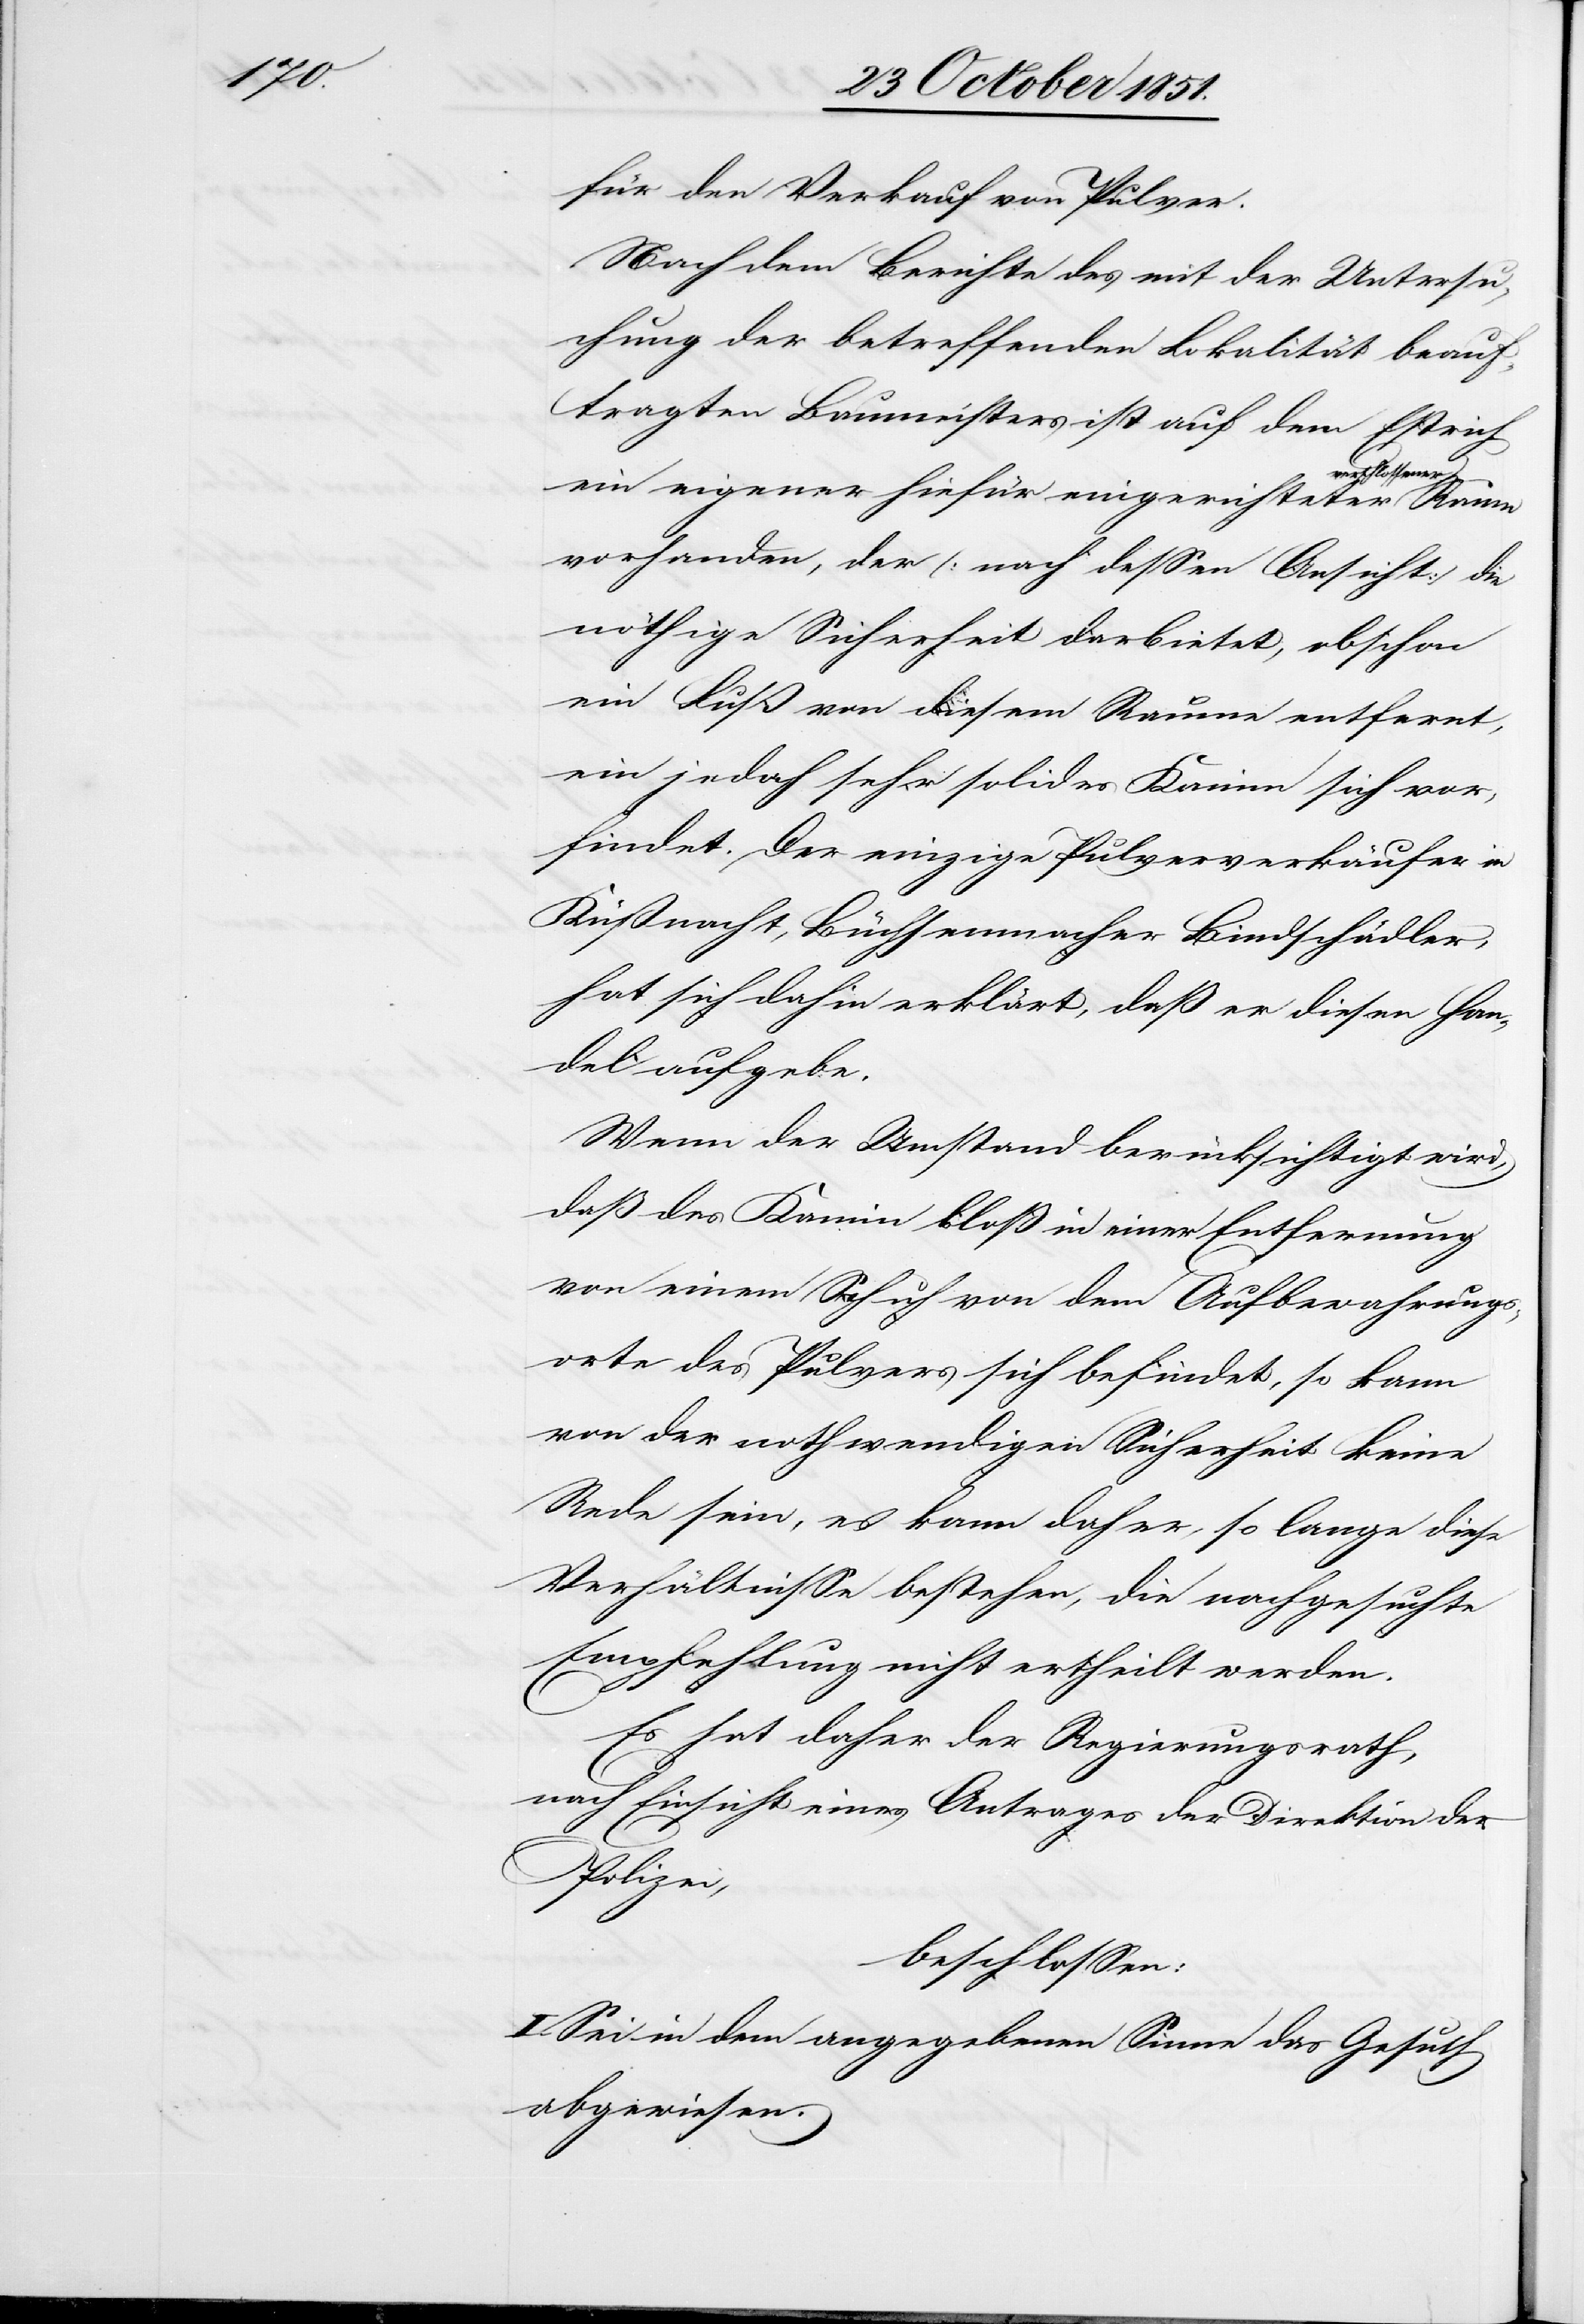
für den Verkauf von Pulver.
Nach dem Berichte des mit der Untersu¬
chung der betreffenden Lokalität beauf¬
tragten Baumeisters ist auf dem Estrich
rschlossener
ein eigener hiefür eingerichteter ve¬
vorhanden, der (nach dessen Ansicht) die
nöthige Sicherheit darbietet, obschon
ein Fuß von diesem Raume entfernt,
ein jedoch sehr solides Kamin sich vor¬
findet. Der einzige Pulververkäufer in
Küßnacht, Büchsenmacher Bindschädler,
hat sich dahin erklärt, daß er diesen Han¬
del aufgebe.
Wenn der Umstand berücksichtigt wird,
daß das Kamin bloß in einer Entfernung
von einem Schuh von dem Aufbewahrungs¬
orte des Pulvers sich befindet, so kann
von der nothwendigen Sicherheit keine
Rede sein, es kann daher, so lange diese
Verhältnisse bestehen, die nachgesuchte
Empfehlung nicht ertheilt werden.
Es hat daher der Regierungsrath,
nach Einsicht eines Antrages der Direktion der
Polizei,
beschlossen:
I. Sei in dem angegebenen Sinne das Gesuch
abgewiesen.